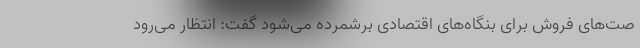
صت‌های فروش برای بنگاه‌های اقتصادی برشمرده می‌شود گفت: انتظار می‌رود